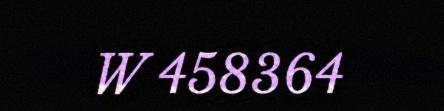
W 458364